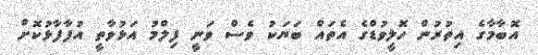
އޮބާމާގެ އިތުރުން ހޮލީވުޑްގެ އެތައް ބަޔަކު ވެސް ވަނީ ފިލްމު އަޅުވާތީ އުފާފާޅުކޮށް